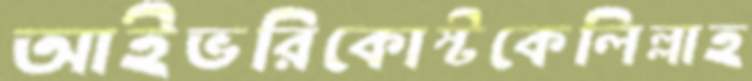
আইভরিকোস্টকেলিল্লাহ